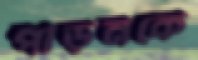
পীড়নকে